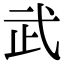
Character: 武